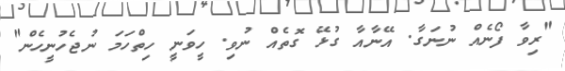
"ރިވާ ފޯނެއް ނުނަގާ. އޭނާއާ ގުޅޭ ގޮތެއް ނުވި. ހީވަނީ ހިތްހަމަ ނުޖެހުނީހެން"